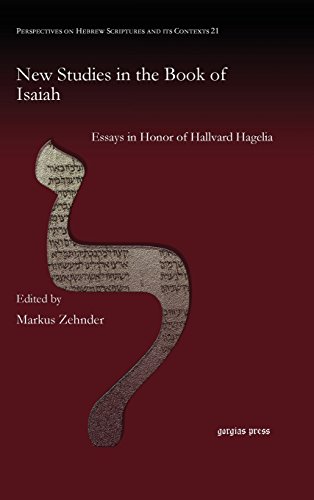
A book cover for New Studies in the Book of Isaiah: Essays in Honor of Hallvard Hagelia; Markus Zehnder; Christian Books & Bibles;